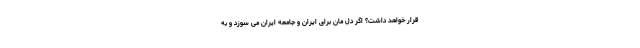
قرار خواهد داشت؟ اگر دل مان برای ایران و جامعه ایران می سوزد و به